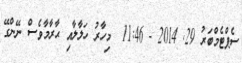
ސެޕްޓެމްބަރު 29